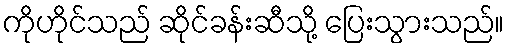
ကိုဟိုင်သည် ဆိုင်ခန်းဆီသို့ ပြေးသွားသည်။